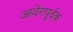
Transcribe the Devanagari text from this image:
आवेगपूर्वक